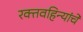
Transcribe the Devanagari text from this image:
रक्तवहिन्यांचे